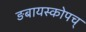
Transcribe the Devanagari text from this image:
ङबायस्कोपच्